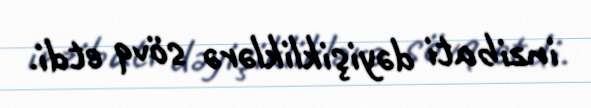
inzibati dəyişikliklərə sövq etdi.